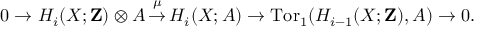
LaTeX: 0 \to H _ { i } ( X ; \mathbf { Z } ) \otimes A \, { \overset { \mu } { \to } } \, H _ { i } ( X ; A ) \to \operatorname { T o r } _ { 1 } ( H _ { i - 1 } ( X ; \mathbf { Z } ) , A ) \to 0 .